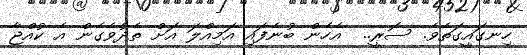
ހިނގައީގަތެވެ. ސޮރީ..  އެހެން ބުނެފައި އަމިއްލަ އަށް ތެދުވެގެން އެ ކުއްޖާ